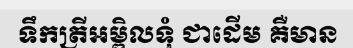
ទឹកត្រីអម្ពិលទុំ ជាដើម គឺមាន